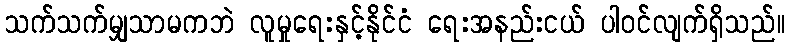
သက်သက်မျှသာမကဘဲ လူမှုရေးနှင့်နိုင်ငံ ရေးအနည်းငယ် ပါဝင်လျက်ရှိသည်။